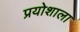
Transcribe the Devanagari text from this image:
प्रयोशाला